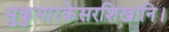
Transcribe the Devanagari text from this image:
सुकुमारकेसरशिखानि।